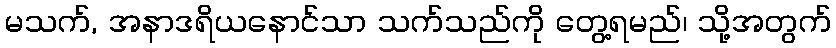
မသက်, အနာဒရိယနောင်သာ သက်သည်ကို တွေ့ရမည်၊ သို့အတွက်